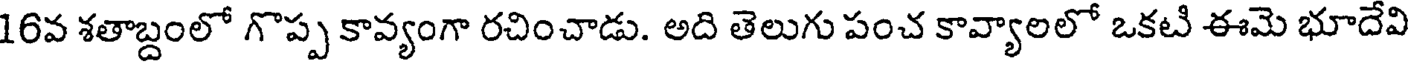
16వ శతాబ్దంలో గొప్ప కావ్యంగా రచించాడు. అది తెలుగు పంచ కావ్యాలలో ఒకటి ఈమె భూదేవి